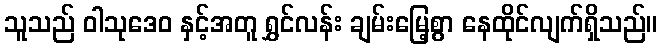
သူသည် ဝါသုဒေဝ နှင့်အတူ ရွှင်လန်း ချမ်းမြေ့စွာ နေထိုင်လျက်ရှိသည်။